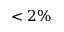
< 2 \%